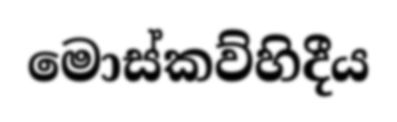
මොස්කව්හිදීය